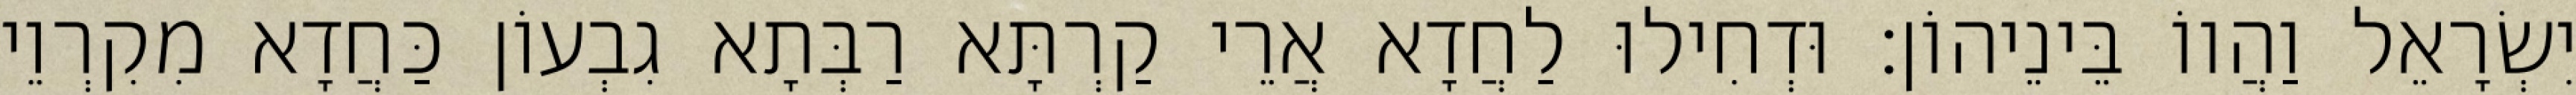
יִשְׂרָאֵל וַהֲווֹ בֵּינֵיהוֹן׃ וּדְחִילוּ לַחֲדָא אֲרֵי קַרְתָּא רַבְּתָא גִבְעוֹן כַּחֲדָא מִקִרְוֵי